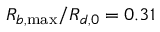
R _ { b , \operatorname* { m a x } } / R _ { d , 0 } = 0 . 3 1